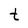
Character: t